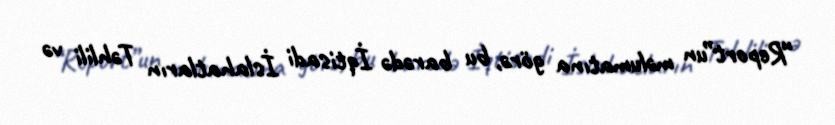
“Report”un məlumatına görə, bu barədə İqtisadi İslahatların Təhlili və